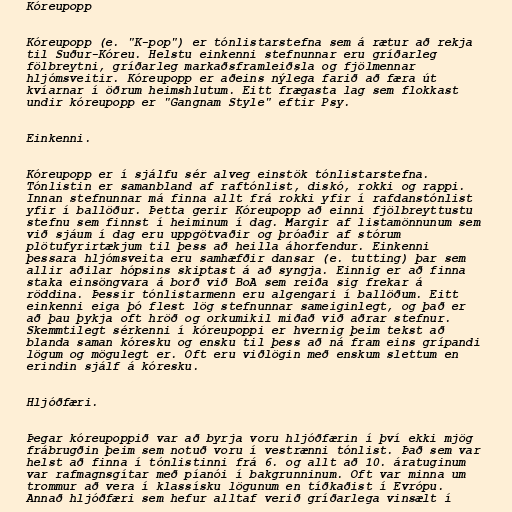
Kóreupopp

Kóreupopp (e. "K-pop") er tónlistarstefna sem á rætur að rekja
til Suður-Kóreu. Helstu einkenni stefnunnar eru gríðarleg
fölbreytni, gríðarleg markaðsframleiðsla og fjölmennar
hljómsveitir. Kóreupopp er aðeins nýlega farið að færa út
kvíarnar í öðrum heimshlutum. Eitt frægasta lag sem flokkast
undir kóreupopp er "Gangnam Style" eftir Psy.

Einkenni.

Kóreupopp er í sjálfu sér alveg einstök tónlistarstefna.
Tónlistin er samanbland af raftónlist, diskó, rokki og rappi.
Innan stefnunnar má finna allt frá rokki yfir í rafdanstónlist
yfir í ballöður. Þetta gerir Kóreupopp að einni fjölbreyttustu
stefnu sem finnst í heiminum í dag. Margir af listamönnunum sem
við sjáum í dag eru uppgötvaðir og þróaðir af stórum
plötufyrirtækjum til þess að heilla áhorfendur. Einkenni
þessara hljómsveita eru samhæfðir dansar (e. tutting) þar sem
allir aðilar hópsins skiptast á að syngja. Einnig er að finna
staka einsöngvara á borð við BoA sem reiða sig frekar á
röddina. Þessir tónlistarmenn eru algengari í ballöðum. Eitt
einkenni eiga þó flest lög stefnunnar sameiginlegt, og það er
að þau þykja oft hröð og orkumikil miðað við aðrar stefnur.
Skemmtilegt sérkenni í kóreupoppi er hvernig þeim tekst að
blanda saman kóresku og ensku til þess að ná fram eins grípandi
lögum og mögulegt er. Oft eru viðlögin með enskum slettum en
erindin sjálf á kóresku.

Hljóðfæri.

Þegar kóreupoppið var að byrja voru hljóðfærin í því ekki mjög
frábrugðin þeim sem notuð voru í vestrænni tónlist. Það sem var
helst að finna í tónlistinni frá 6. og allt að 10. áratuginum
var rafmagnsgítar með píanói í bakgrunninum. Oft var minna um
trommur að vera í klassísku lögunum en tíðkaðist í Evrópu.
Annað hljóðfæri sem hefur alltaf verið gríðarlega vinsælt í